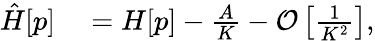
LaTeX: \begin{array}{rl}{\hat{H}[p]}&{{}=H[p]-\frac{A}{K}-\mathcal{O}\left[\frac{1}{K^{2}}\right],}\end{array}